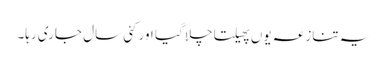
یہ تنازعہ یوں پھیلتا چلا گیا اور کئی سال جاری رہا۔